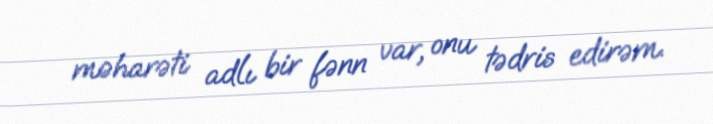
məharəti adlı bir fənn var, onu tədris edirəm.